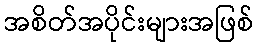
အစိတ်အပိုင်းများအဖြစ်